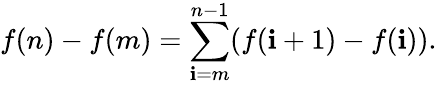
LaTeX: f(n)-f(m)=\sum_{\mathbf{i}=m}^{n-1}(f(\mathbf{i}+1)-f(\mathbf{i})).